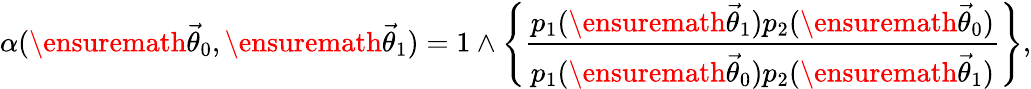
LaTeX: \alpha(\ensuremath{\vec{\theta}}_{0},\ensuremath{\vec{\theta}}_{1})=1\wedge\left\{ \frac{p_{1}(\ensuremath{\vec{\theta}}_{1})p_{2}(\ensuremath{\vec{\theta}}_{0})}{p_{1}(\ensuremath{\vec{\theta}}_{0})p_{2}(\ensuremath{\vec{\theta}}_{1})}\right\} ,